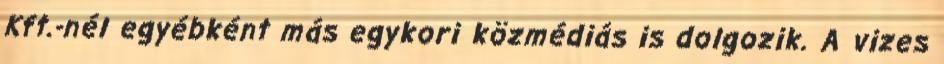
Kft.-nél egyébként más egykori közmédiás is dolgozik. A vizes